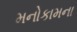
મનોકામના